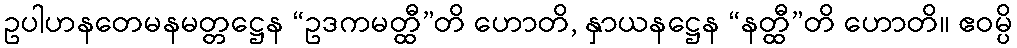
ဥပါဟနတေမနမတ္တဋ္ဌေန “ဥဒကမတ္ထီ”တိ ဟောတိ, နှာယနဋ္ဌေန “နတ္ထီ”တိ ဟောတိ။ ဧဝမ္ပိ